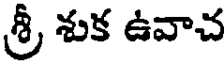
శ్రీ శుక ఉవాచ